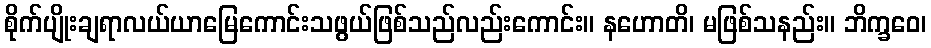
စိုက်ပျိုးချရာလယ်ယာမြေကောင်းသဖွယ်ဖြစ်သည်လည်းကောင်း။ နဟောတိ၊ မဖြစ်သနည်း။ ဘိက္ခဝေ၊